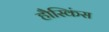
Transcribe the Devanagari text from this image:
हौस्किंस